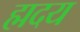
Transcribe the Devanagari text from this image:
ह्मदय